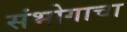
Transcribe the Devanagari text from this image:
संभोगाचा